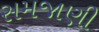
સમજાણી